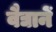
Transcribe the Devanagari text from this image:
वैद्यानें